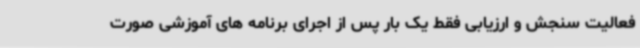
فعالیت سنجش و ارزیابی فقط یک بار پس از اجرای برنامه های آموزشی صورت